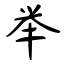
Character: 举